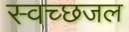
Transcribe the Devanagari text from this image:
स्वच्छजल